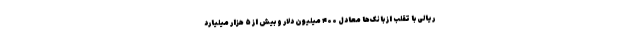
ریالی با تقلب از بانک‌ها معادل ۴۰۰ میلیون دلار و بیش از ۵ هزار میلیارد